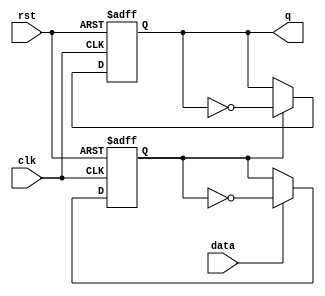
`timescale 1ns / 1ps
//////////////////////////////////////////////////////////////////////////////////
// Company: 
// Engineer: 
// 
// Design Name: 
// Module Name: tff_2
// Project Name: 
// Target Devices: 
// Tool Versions: 
// Description: 
// 
// Dependencies: 
// 
// Revision:
// Revision 0.01 - File Created
// Additional Comments:
// 
//////////////////////////////////////////////////////////////////////////////////


module tff_2(
    input   wire    clk,
    input   wire    rst,
    input   wire    data,
    output  reg     q
);

reg q_tff1;

// T-flipflop 1
always@(posedge clk or negedge rst)
    if (!rst)
        q_tff1 <= 1'b0;
    else if (data)
        q_tff1 <= ~q_tff1;
    else
        q_tff1 <= q_tff1;

// T-flipflop 2
always@(posedge clk or negedge rst)
    if (!rst)
        q <= 1'b0;
    else if (q_tff1)
        q <= ~q;
    else
        q <= q;

endmodule